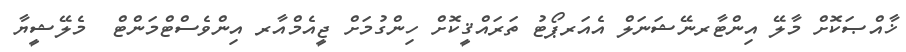
ޚާއްޞަކޮށް މާލޭ އިންޓާރނޭޝަނަލް އެއަރޕޯޓު ތަރައްޤީކޮށް ހިންގުމަށް ޖީއެމްއާރ އިންވެސްޓްމަންޓް  މެލޭޝީޔާ